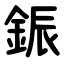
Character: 鋠